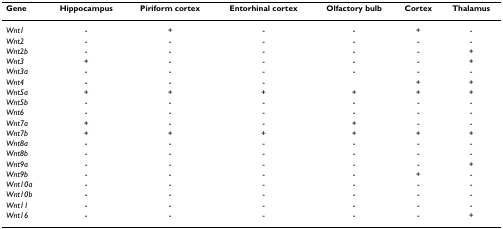
<table><thead><tr><td><b>Gene</b></td><td><b>Hippocampus</b></td><td><b>Piriform cortex</b></td><td><b>Entorhinal cortex</b></td><td><b>Olfactory bulb</b></td><td><b>Cortex</b></td><td><b>Thalamus</b></td></tr></thead><tbody><tr><td><i>Wnt1</i></td><td>-</td><td>+</td><td>-</td><td>-</td><td>+</td><td>-</td></tr><tr><td><i>Wnt2</i></td><td>-</td><td>-</td><td>-</td><td>-</td><td>-</td><td>-</td></tr><tr><td><i>Wnt2b</i></td><td>-</td><td>-</td><td>-</td><td>-</td><td>-</td><td>+</td></tr><tr><td><i>Wnt3</i></td><td>+</td><td>-</td><td>-</td><td>-</td><td>-</td><td>+</td></tr><tr><td><i>Wnt3a</i></td><td>-</td><td>-</td><td>-</td><td>-</td><td>-</td><td>-</td></tr><tr><td><i>Wnt4</i></td><td>-</td><td>-</td><td>-</td><td></td><td>+</td><td>+</td></tr><tr><td><i>Wnt5a</i></td><td>+</td><td>+</td><td>+</td><td>+</td><td>+</td><td>+</td></tr><tr><td><i>Wnt5b</i></td><td>-</td><td>-</td><td>-</td><td>-</td><td>-</td><td>-</td></tr><tr><td><i>Wnt6</i></td><td>-</td><td>-</td><td>-</td><td>-</td><td>-</td><td>-</td></tr><tr><td><i>Wnt7a</i></td><td>+</td><td>-</td><td>-</td><td>+</td><td>-</td><td>-</td></tr><tr><td><i>Wnt7b</i></td><td>+</td><td>+</td><td>+</td><td>+</td><td>+</td><td>+</td></tr><tr><td><i>Wnt8a</i></td><td>-</td><td>-</td><td>-</td><td>-</td><td>-</td><td>-</td></tr><tr><td><i>Wnt8b</i></td><td>-</td><td>-</td><td>-</td><td>-</td><td>-</td><td>-</td></tr><tr><td><i>Wnt9a</i></td><td>-</td><td>-</td><td>-</td><td>-</td><td>-</td><td>+</td></tr><tr><td><i>Wnt9b</i></td><td>-</td><td>-</td><td>-</td><td>-</td><td>+</td><td>-</td></tr><tr><td><i>Wnt10a</i></td><td>-</td><td>-</td><td>-</td><td>-</td><td>-</td><td>-</td></tr><tr><td><i>Wnt10b</i></td><td>-</td><td>-</td><td>-</td><td>-</td><td>-</td><td>-</td></tr><tr><td><i>Wnt11</i></td><td>-</td><td>-</td><td>-</td><td>-</td><td>-</td><td>-</td></tr><tr><td><i>Wnt16</i></td><td>-</td><td>-</td><td>-</td><td>-</td><td>-</td><td>+</td></tr></tbody></table>